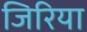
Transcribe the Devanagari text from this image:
जिरिया